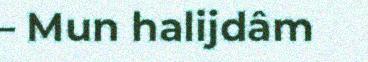
– Mun halijdâm